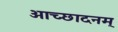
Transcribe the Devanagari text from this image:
आच्छादनम्‌